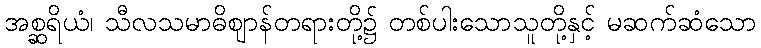
အစ္ဆရိယံ၊ သီလသမာဓိဈာန်တရားတို့၌ တစ်ပါးသောသူတို့နှင့် မဆက်ဆံသော